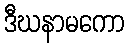
ဒီဃနာမကော